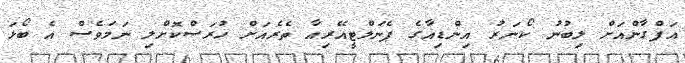
އަފްގާންއަށް ލިބުނު ކޯނަރު އިންޑިއާގެ ޕެނަލްޓީއޭރިއާ ތެރެއަށް ހުރަސްކޮށްލި ނަމަވެސް އެ ބޯޅަ